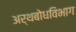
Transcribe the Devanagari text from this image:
अर्थबोधविभाग